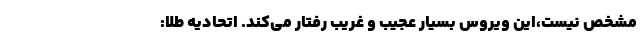
مشخص نیست،‌این ویروس بسیار عجیب و غریب رفتار می‌کند. اتحادیه طلا: